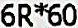
6R*60